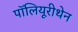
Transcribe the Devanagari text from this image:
पॉलियूरीथेन